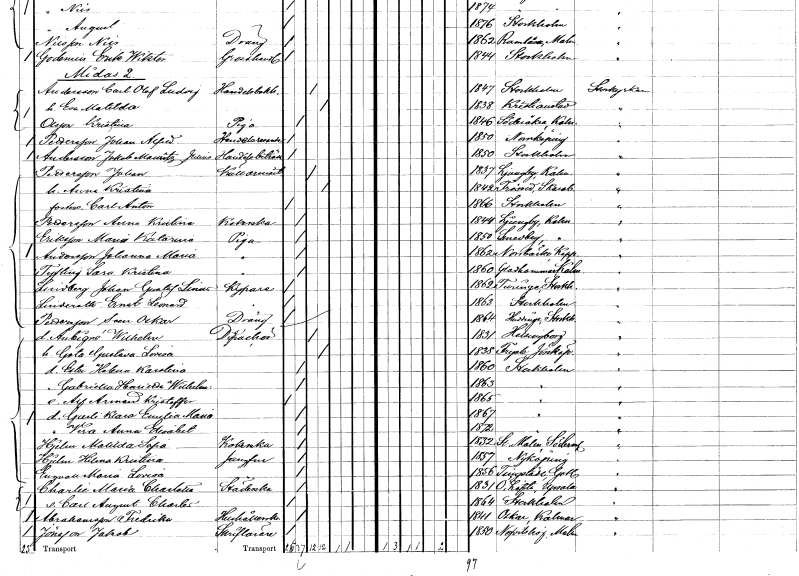
gt_parse: households: individuals: FN: Jakob Mauritz Julius
EN: Andersson
YRKE: Handelsbiträde
KON: M
CIV: O
FODAR: 1850
FODFORS: Stockholm
FN: Johan
EN: Pettersson
YRKE: Källarmästare
KON: M
CIV: G
FODAR: 1837
FODFORS: Ljungby Kalmar län
FN: Anna Kristina
KON: K
CIV: G
FODAR: 1842
FODFORS: Frösve Skaraborgs län
FN: Carl Anton
KON: M
CIV: O
FODAR: 1866
FODFORS: Stockholm
FN: Anna Kristina
EN: Pettersson
YRKE: Kokerska
KON: K
CIV: O
FODAR: 1844
FODFORS: Ljungby Kalmar län
FN: Maria Katarina
EN: Eriksson
YRKE: Piga
KON: K
CIV: O
FODAR: 1850
FODFORS: Smedby Kalmar län
FN: Johanna Maria
EN: Andersson
YRKE: Piga
KON: K
CIV: O
FODAR: 1862
FODFORS: Norrbärke Kopparbergs län
FN: Sara Kristina
EN: Tysling
YRKE: Piga
KON: K
CIV: O
FODAR: 1860
FODFORS: Gladhammar Kalmar län
FN: Johan Gustaf Linus
EN: Lindberg
YRKE: Kypare
KON: M
CIV: O
FODAR: 1862
FODFORS: Turinge Stockholms län
FN: Ernst Leonard
EN: Linderoth
YRKE: Kypare
KON: M
CIV: O
FODAR: 1863
FODFORS: Stockholm
FN: Sven Oskar
EN: Pettersson
YRKE: Dräng
KON: M
CIV: O
FODAR: 1864
FODFORS: Huddinge Stockholms län
FN: Wilhelm
EN: Aubigne
YRKE: Dispachör
KON: M
CIV: G
FODAR: 1831
FODFORS: Helsingborg Malmöhus län
FN: Gota Gustafva Lovisa
KON: K
CIV: G
FODAR: 1838
FODFORS: Fryele Jönköpings län
FN: Ester Helena Karolina
KON: K
CIV: O
FODAR: 1860
FODFORS: Stockholm
FN: Gabriella Henrietta Wilhelmina
KON: K
CIV: O
FODAR: 1863
FODFORS: Stockholm
FN: Alf Armand Kristoffer
KON: M
CIV: O
FODAR: 1865
FODFORS: Stockholm
FN: Gurli Klara Emelia Maria
KON: K
CIV: O
FODAR: 1867
FODFORS: Stockholm
FN: Vera Anna Elisabet
KON: K
CIV: O
FODAR: 1872
FODFORS: Stockholm
FN: Matilda Sofia
EN: Hjelm
YRKE: Kokerska
KON: K
CIV: O
FODAR: 1832
FODFORS: Stora Malm Södermanlands län
FN: Helena Kristina
EN: Hjelm
YRKE: Jungfru
KON: K
CIV: O
FODAR: 1857
FODFORS: Nyköping Södermanlands län
FN: Maria Lovisa
EN: Engvall
YRKE: Jungfru
KON: K
CIV: O
FODAR: 1856
FODFORS: Tingstäde Gotlands län
FN: Maria Charlotta
EN: Charlie
YRKE: Städerska
KON: K
CIV: O
FODAR: 1831
FODFORS: Österlövsta Uppsala län
FN: Carl August Charles
KON: M
CIV: O
FODAR: 1864
FODFORS: Stockholm
FN: Fredrika
EN: Abrahamsson
YRKE: Hushållerska
KON: K
CIV: O
FODAR: 1841
FODFORS: Oskar Kalmar län
FN: Jakob
EN: Jönsson
YRKE: Skrivlärare
KON: M
CIV: O
FODAR: 1850
FODFORS: Nevishög Malmöhus län